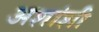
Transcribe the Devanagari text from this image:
अशांशी